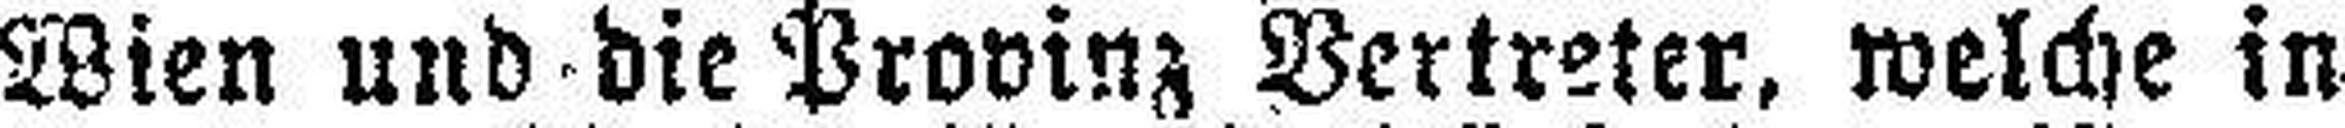
Wien und die Provinz Vertreter, welche in